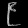
Digit: ၉